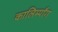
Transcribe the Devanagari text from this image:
कालिम्पाँग